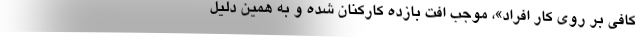
کافی بر روی کار افراد»، موجب افت بازده کارکنان شده و به همین دلیل